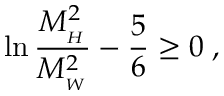
\ln \frac { M _ { _ H } ^ { 2 } } { M _ { _ W } ^ { 2 } } - \frac { 5 } { 6 } \geq 0 \; ,